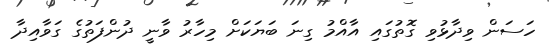
ހަސަން ވިދާޅުވި ގޮތުގައި އާއްމު ގިނަ ބަޔަކަށް މިހާރު ވާނީ ދުންފަތުގެ ގަވާއިދާ